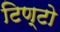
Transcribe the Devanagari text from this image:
टिण्टो